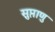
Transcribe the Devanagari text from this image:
सुप्ताणु